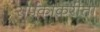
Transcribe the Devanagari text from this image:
संर्पकाकरीता